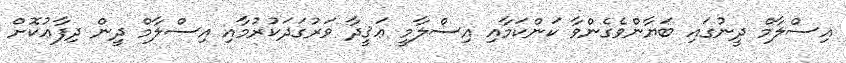
އިސްލާމް ދީނުގައި ބަޔާންވެގެންވާ ކަންކަމާއި އިސްލާމީ ޢަޤީދާ ވަރުގަދަކުރުމާއި އިސްލާމް ދީން ދިފާޢުކޮށް